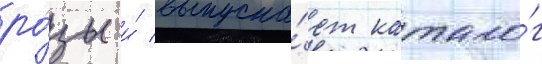
ро́зы и́ выпуска́ет катало́г